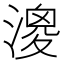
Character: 𣼺